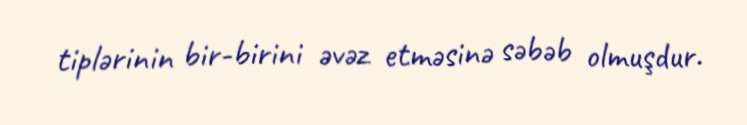
tiplərinin bir-birini əvəz etməsinə səbəb olmuşdur.